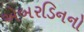
એબરડિનનો